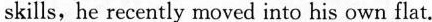
skills, he recently moved into his own flat.